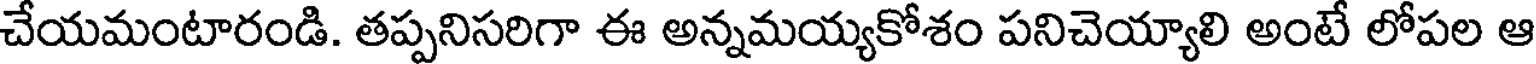
చేయమంటారండి. తప్పనిసరిగా ఈ అన్నమయ్యకోశం పనిచెయ్యాలి అంటే లోపల ఆ